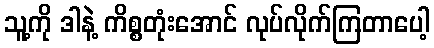
သူ့ကို ဒါနဲ့ ကိစ္စတုံးအောင် လုပ်လိုက်ကြတာပေါ့